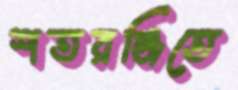
শতরঞ্জিতে